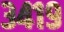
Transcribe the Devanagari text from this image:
३४१९